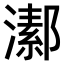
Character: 𤀝